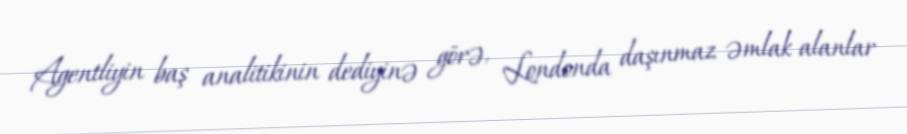
Agentliyin baş analitikinin dediyinə görə, Londonda daşınmaz əmlak alanlar